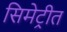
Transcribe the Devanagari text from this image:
सिमेट्रीत